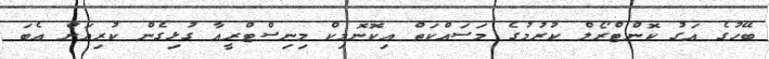
ބޭހުގެ އަގު ކޮންޓްރޯލް ކުރުމުގެ މަސައްކަތް އިކޮނޮމިކް މިނިސްޓްރީއާ ގުޅިގެން ކުރިއަށް އެބަ